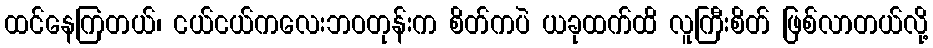
ထင်နေကြတယ်၊ ငယ်ငယ်ကလေးဘဝတုန်းက စိတ်ကပဲ ယခုထက်ထိ လူကြီးစိတ် ဖြစ်လာတယ်လို့